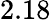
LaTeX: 2.18